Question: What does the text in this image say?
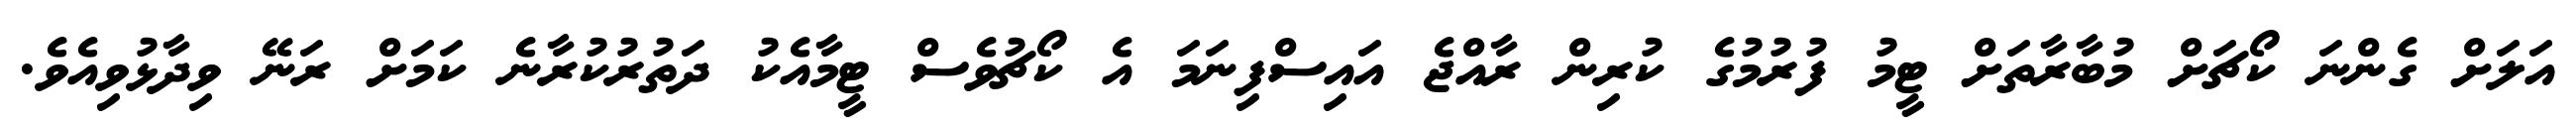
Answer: އަލަށް ގެންނަ ކޯޗަށް މުބާރާތަށް ޓީމު ފުރުމުގެ ކުރިން ރާއްޖެ އައިސްފިނަމަ އެ ކޯޗުވެސް ޓީމާއެކު ދަތުރުކުރާނެ ކަމަށް ރަނޭ ވިދާޅުވިއެވެ.